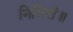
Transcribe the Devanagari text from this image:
निमित्तं॥